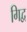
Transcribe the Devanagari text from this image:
गिद्व